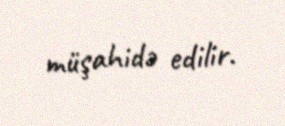
müşahidə edilir.